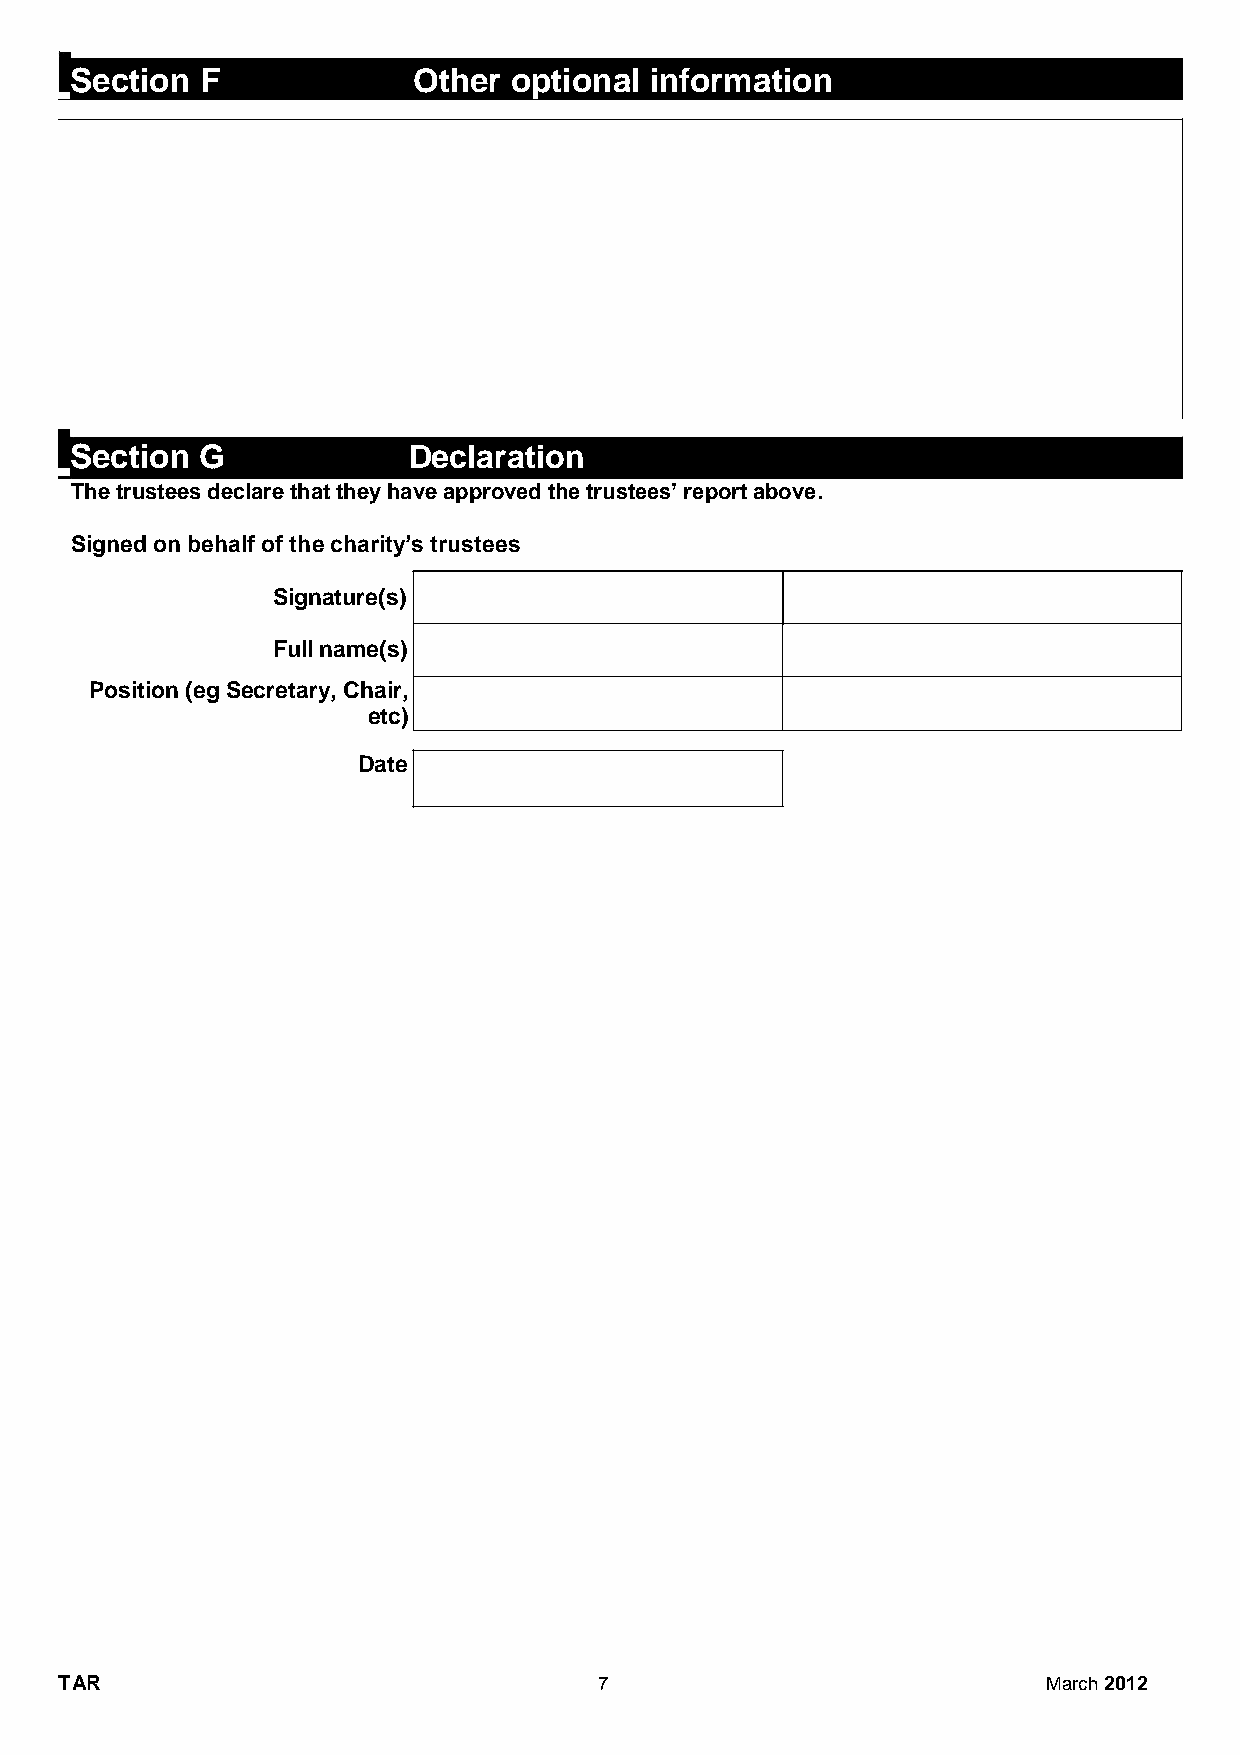
Section F             Other  optional information
 Section G             Declaration
 The trustees declare that they have approved the trustees’ report above.
 Signed on behalf of the charity’s trustees
 Signature(s)
 Full name(s)
 Position (eg Secretary, Chair,
 etc)
 Date
 TAR                                 7                            March 2012